Scottish Leaving Certificate Examination, 1957
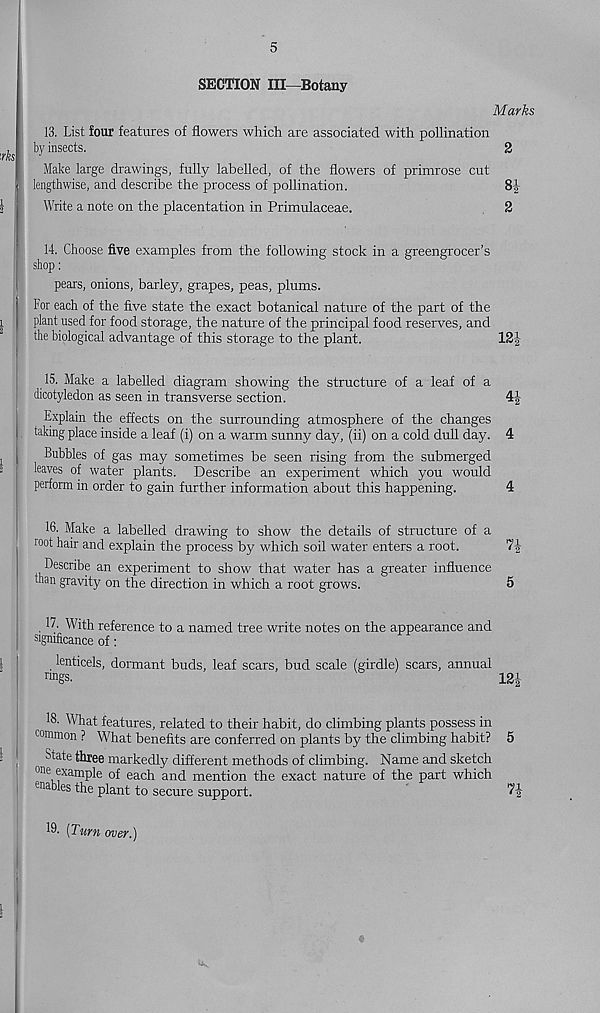
5
SECTION III—Botany
Marks
13. List four features of flowers which are associated with pollination
by insects.
2
Make large drawings, fully labelled, of the flowers of primrose cut
lengthwise, and describe the process of pollination.
8|-
Write a note on the placentation in Primulaceae.
2
14. Choose five examples from the following stock in a greengrocer’s
shop:
pears, onions, barley, grapes, peas, plums.
For each of the five state the exact botanical nature of the part of the
plant used for food storage, the nature of the principal food reserves, and
the biological advantage of this storage to the plant.
15. Make a labelled diagram showing the structure of a leaf of a
dicotyledon as seen in transverse section.
4|
Explain the effects on the surrounding atmosphere of the changes
taking place inside a leaf (i) on a warm sunny day, (ii) on a cold dull day. 4
Bubbles of gas may sometimes be seen rising from the submerged
leaves of water plants. Describe an experiment which you would
perform in order to gain further information about this happening.
4
16. Make a labelled drawing to show the details of structure of a
root hair and explain the process by which soil water enters a root.
Describe an experiment to show that water has a greater influence
than gravity on the direction in which a root grows.
5
17. With reference to a named tree write notes on the appearance and
significance of:
lenticels, dormant buds, leaf scars, bud scale (girdle) scars, annual
™gs.
12i
18. What features, related to their habit, do climbing plants possess in
common ? What benefits are conferred on plants by the climbing habit? 5
State three markedly different methods of climbing. Name and sketch
0116 ® xam pl e of each and mention the exact nature of the part which
enables the plant to secure support.
19. [Turn over.)